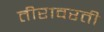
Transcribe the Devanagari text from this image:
तीरावरती